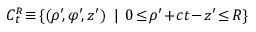
{ \cal C } _ { t } ^ { \scriptscriptstyle R } \! \equiv \! \{ ( \rho ^ { \prime } \! , \varphi ^ { \prime } \! , z ^ { \prime } ) \: \: | \: \: 0 \! \le \! \rho ^ { \prime } \! + \! c t \! - \! z ^ { \prime } \! \le \! R \}